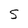
Character: S